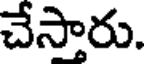
చేసారు.